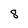
Character: 8